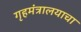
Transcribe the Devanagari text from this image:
गृहमंत्रालयाचा